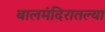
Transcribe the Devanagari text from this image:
बालमंदिरातल्या